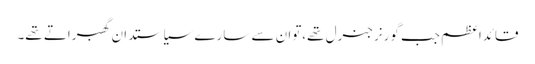
قائداعظم جب گورنرجنرل تھے،توان سے سارے سیاستدان گھبراتے تھے۔